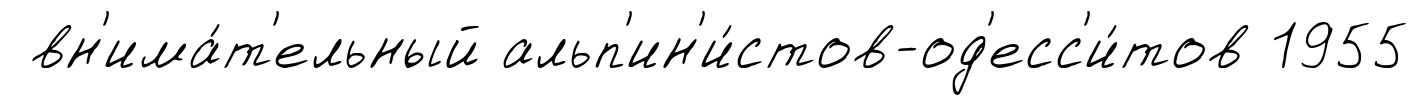
вн'има́т'ельный альп'ин'и́стов-од'есс'и́тов 1955